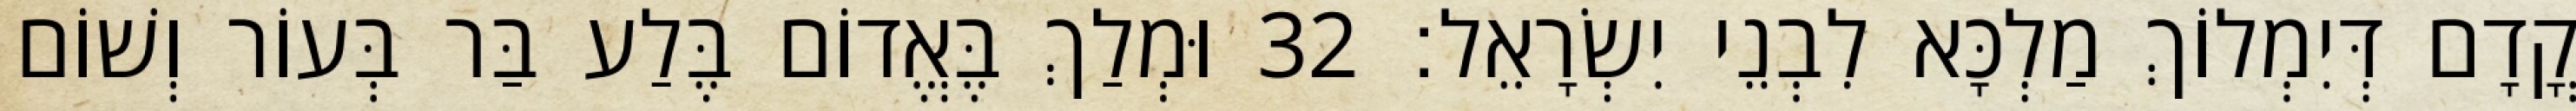
קֳדָם דְּיִמְלוֹךְ מַלְכָּא לִבְנֵי יִשְׂרָאֵל׃ 32 וּמְלַךְ בֶּאֱדוֹם בֶּלַע בַּר בְּעוֹר וְשׁוֹם